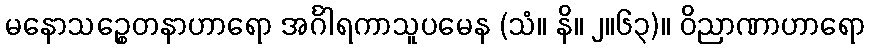
မနောသဉ္စေတနာဟာရော အင်္ဂါရကာသူပမေန (သံ။ နိ။ ၂။၆၃)။ ဝိညာဏာဟာရော